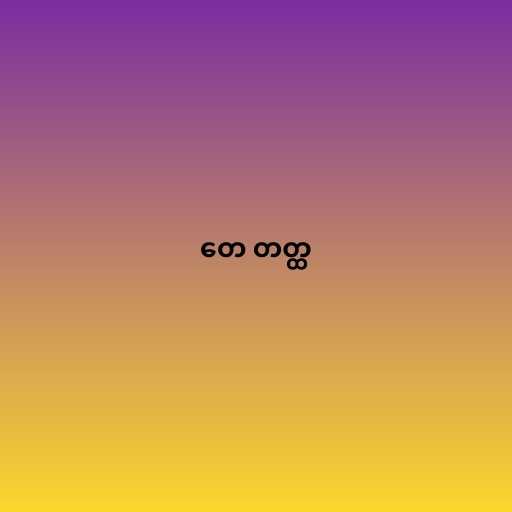
တေ တတ္ထ